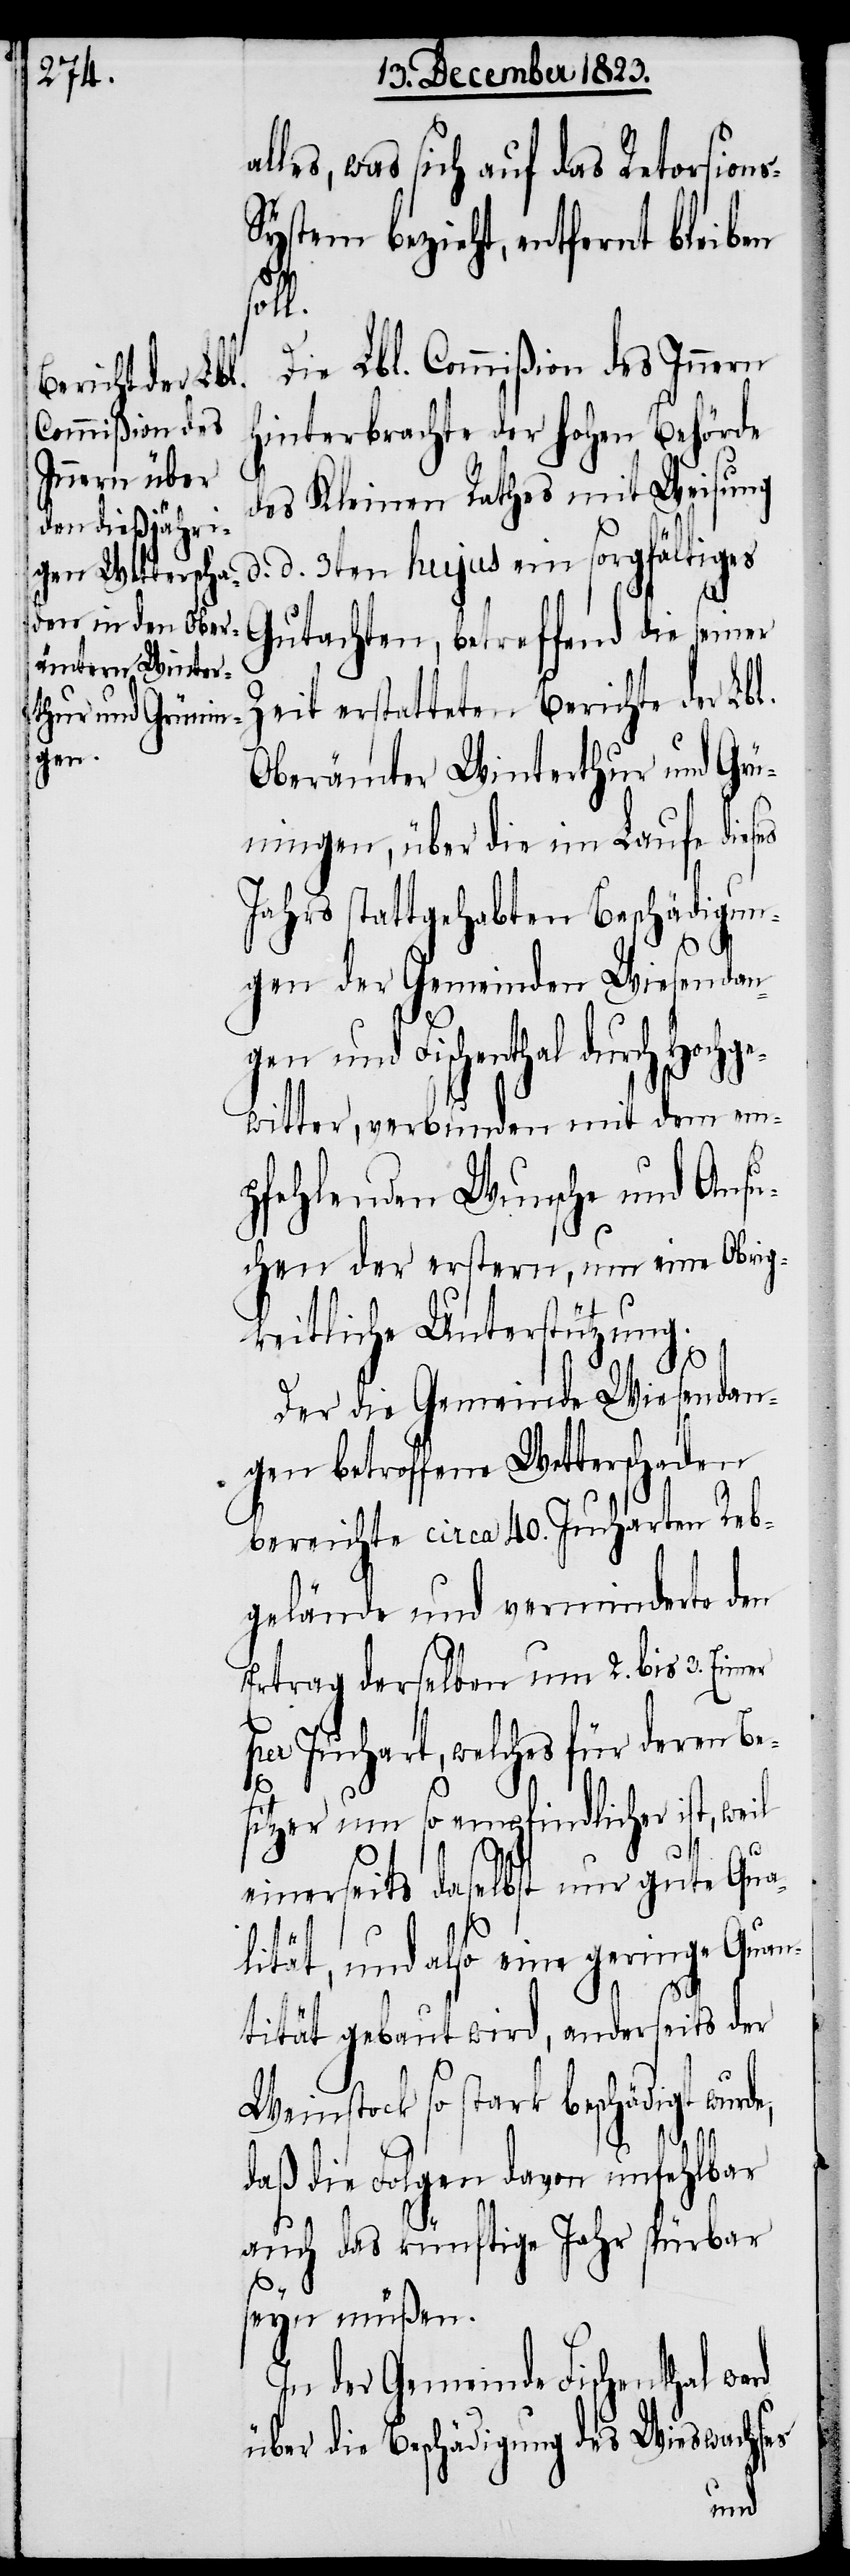
les, was sich auf das Retorsion¬
ystem bezieht, entfernt bleiben
soll.
Die Lbl. Commißion des Innern
hinterbrachte der hohen Behörde
des Kleinen Rathes mit Weisung
d. 3ten hujus ein sorgfältiges
Gutachten, betreffend die seiner
Zeit erstatteten Berichte der Lbl.
Oberämter Winterthur und Grü¬
ningen, über die im Laufe dies¬
Jahrs stattgehabten Beschädigun¬
gen der Gemeinden Wiesendan¬
gen und Fischenthal durch Hochge¬
witter, verbunden mit dem em¬
pfehlenden Wunsche und Ansu¬
chen der erstern, um eine Obrig¬
keitliche Unterstützung.
Der die Gemeinde Wiesendan¬
gen betroffene Wetterschaden
bereichte circa 40. Jucharten Reb¬
gelände und verminderte den
Ertrag derselben um 2. bis 3. Eimer
per Juchart, welches für deren Be¬
d.
sitzer um so empfindlicher ist, weil
einerseits daselbst nur gute Qua¬
lität, und also eine geringe Quan¬
tität gebaut wird, anderseits der
Weinstock so stark beschädigt wur¬
daß die Folgen davon unfehlbar
auch das künftige Jahr spürbar
rd
seyn müßen.
In der Gemeinde Fischenthal wa¬
über die Beschädigung des Wieswachses